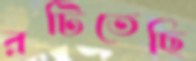
রটিতেছি